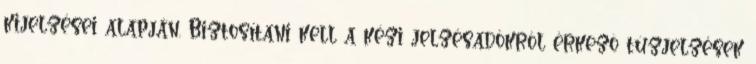
kijelzései alapján. Biztosítani kell a kézi jelzésadókról érkezõ tûzjelzések